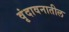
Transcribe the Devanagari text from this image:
वृंदावनातील